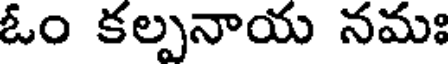
ఓం కల్పనాయ నమః